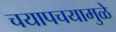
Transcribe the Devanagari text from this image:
चयापचयामुळे